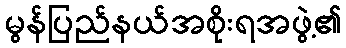
မွန်ပြည်နယ်အစိုးရအဖွဲ့၏